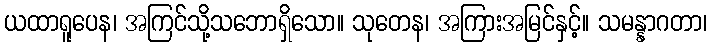
ယထာရူပေန၊ အကြင်သို့သဘောရှိသော။ သုတေန၊ အကြားအမြင်နှင့်။ သမန္နာဂတာ၊